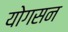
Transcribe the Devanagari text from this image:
योगसन